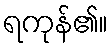
ရကုန်၏။